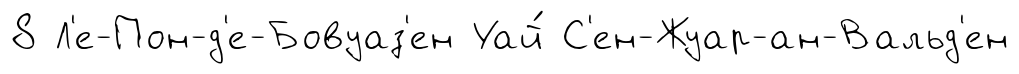
8 Л'е-Пон-д'е-Бовуаз'ен Уай́ С'ен-Жуар-ан-Вальд'ен